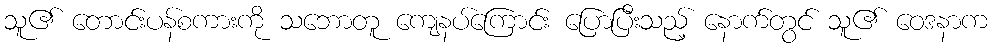
သူ၏ တောင်းပန်စကားကို သဘောတူ ကျေနပ်ကြောင်း ပြောပြီးသည့် နောက်တွင် သူ၏ ဝေဒနာက